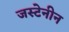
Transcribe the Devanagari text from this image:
जस्टेनीन